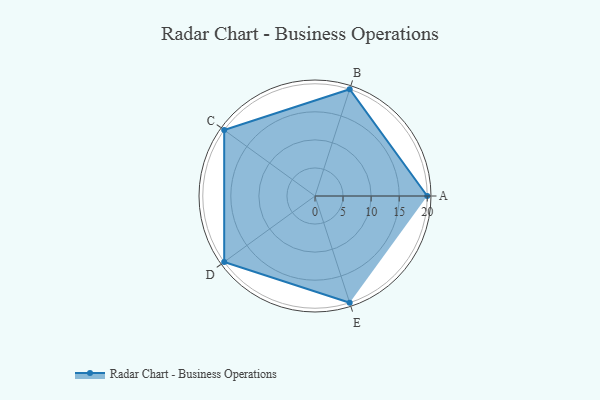
{"axis": {"x": "Skill", "y": "Score"}, "legend": ["Profile"], "data": [{"x": "A", "y": 20.0, "type": "Profile"}, {"x": "B", "y": 20, "type": "Profile"}, {"x": "C", "y": 20, "type": "Profile"}, {"x": "D", "y": 20, "type": "Profile"}, {"x": "E", "y": 20, "type": "Profile"}]}